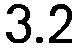
3.2